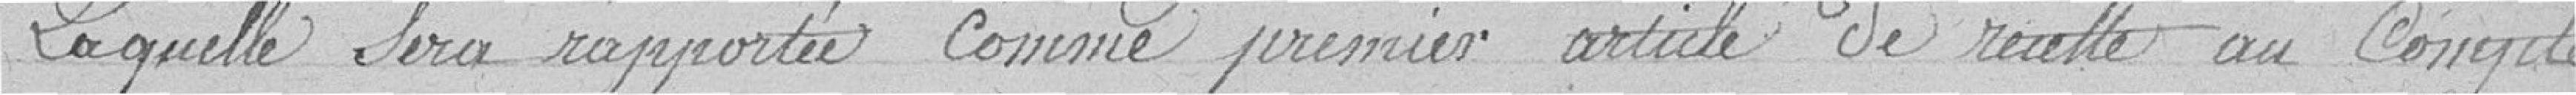
Laquelle sera rapportée comme premier article de recette au Compte